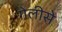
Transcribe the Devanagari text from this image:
गेलीसे